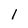
Character: 1